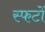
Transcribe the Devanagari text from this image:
स्फटों